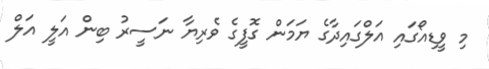
މި ވީޑިއޯގައި އަލްގައިދާގެ ޔަމަން ގޮފީގެ ވެރިޔާ ނަސީރު ބިން އަލީ އަލް